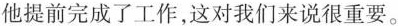
他提前完成了工作,这对我们来说很重要.